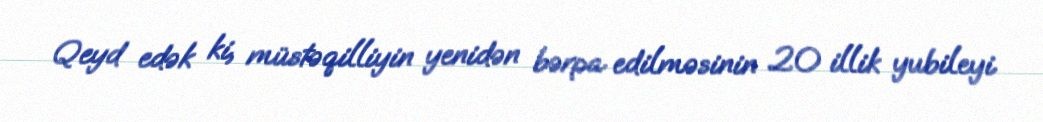
Qeyd edək ki, müstəqilliyin yenidən bərpa edilməsinin 20 illik yubileyi